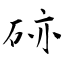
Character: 硛